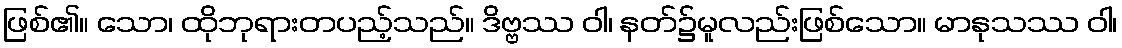
ဖြစ်၏။ သော၊ ထိုဘုရားတပည့်သည်။ ဒိဗ္ဗဿ ဝါ၊ နတ်၌မူလည်းဖြစ်သော။ မာနုသဿ ဝါ၊